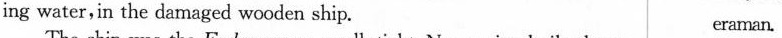
ing water, in the damaged wooden ship. eraman.